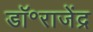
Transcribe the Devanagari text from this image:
डॉ॰राजेंद्र